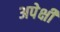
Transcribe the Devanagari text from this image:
अपेक्षी